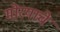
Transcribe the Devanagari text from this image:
मोरयाचे